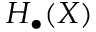
H _ { \bullet } ( X )